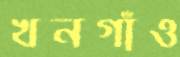
খনগাঁও